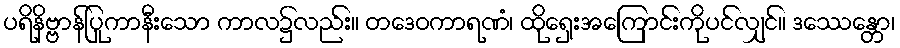
ပရိနိဗ္ဗာန်ပြုကာနီးသော ကာလ၌လည်း။ တဒေဝကာရဏံ၊ ထိုရှေးအကြောင်းကိုပင်လျှင်။ ဒဿေန္တော၊